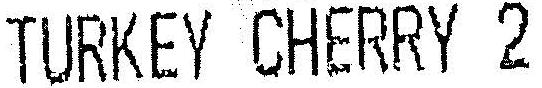
TURKEY CHERRY 2